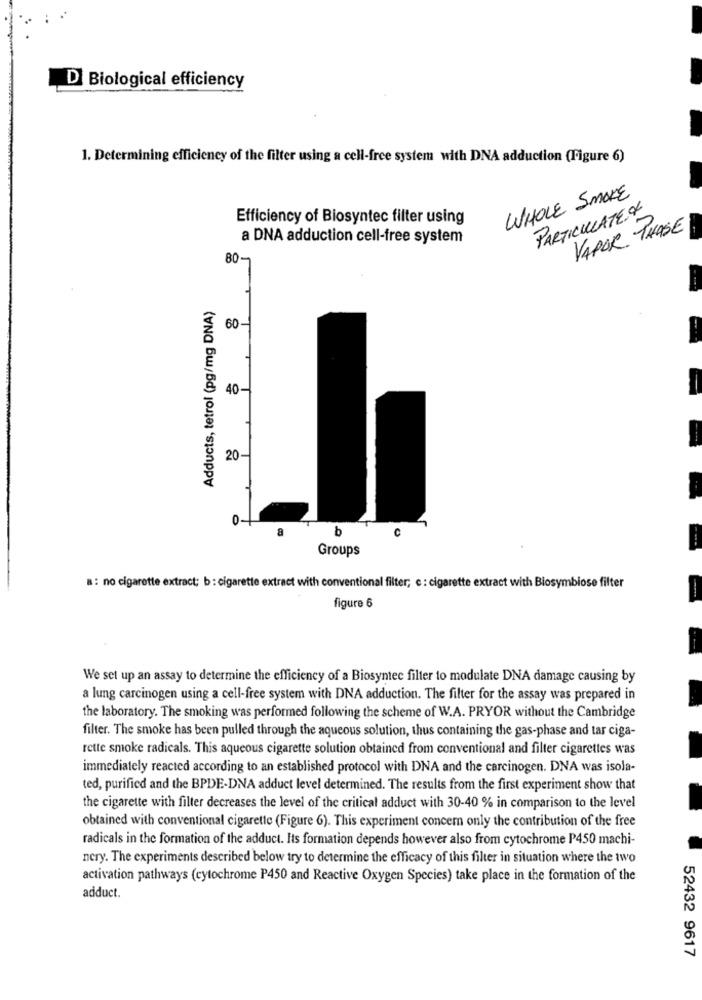
D Biological efficiency
1. Determining efficiency of the filter using a cell-free system with DNA adduction (Figure 6)
WHOLE SMOKE
PARTICULATE Of
Efficiency of Biosyntec filter using
VAPOR THOSE
a DNA adduction cell-free system
80-
T
Adducts, tetrol (pg/mg DNA)
60-
40-
20-
O
a
b
Groups
a : no cigarette extract; b : cigarette extract with conventional filter; c : cigarette extract with Blosymbiose filter
figure 6
We set up an assay to determine the efficiency of a Biosyntec filter to modulate DNA damage causing by
a lung carcinogen using a cell-free system with DNA adduction. The filter for the assay was prepared in
the laboratory. The smoking was performed following the scheme of W.A. PRYOR without the Cambridge
filter. The smoke has been pulled through the aqueous solution, thus containing the gas-phase and tar ciga-
rette smoke radicals. This aqueous cigarette solution obtained from conventional and filter cigarettes was
immediately reacted according to an established protocol with DNA and the carcinogen. DNA was isola-
ted, purified and the BPDE-DNA adduct level determined. The results from the first experiment show that
the cigarette with filter decreases the level of the critical adduct with 30-40 % in comparison to the level
obtained with conventional cigarette (Figure 6). This experiment concern only the contribution of the free
radicals in the formation of the adduct. Its formation depends however also from cytochrome P450 machi-
nery. The experiments described below try to determine the efficacy of this filter in situation where the two
activation pathways (cytochrome P450 and Reactive Oxygen Species) take place in the formation of the
adduct
52432 9617